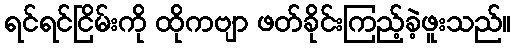
ရင်ရင်ငြိမ်းကို ထိုကဗျာ ဖတ်ခိုင်းကြည့်ခဲ့ဖူးသည်။